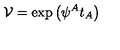
\mathcal { V } = \exp \left( \psi ^ { A } t _ { A } \right)